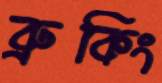
ব্রুকিং